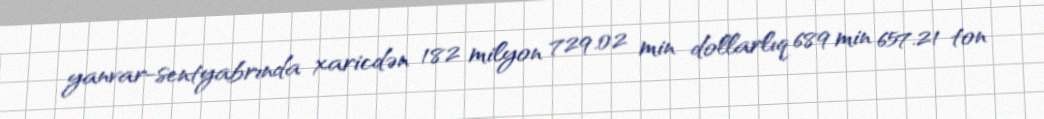
yanvar-sentyabrında xaricdən 182 milyon 729.02 min dollarlıq 689 min 657.21 ton